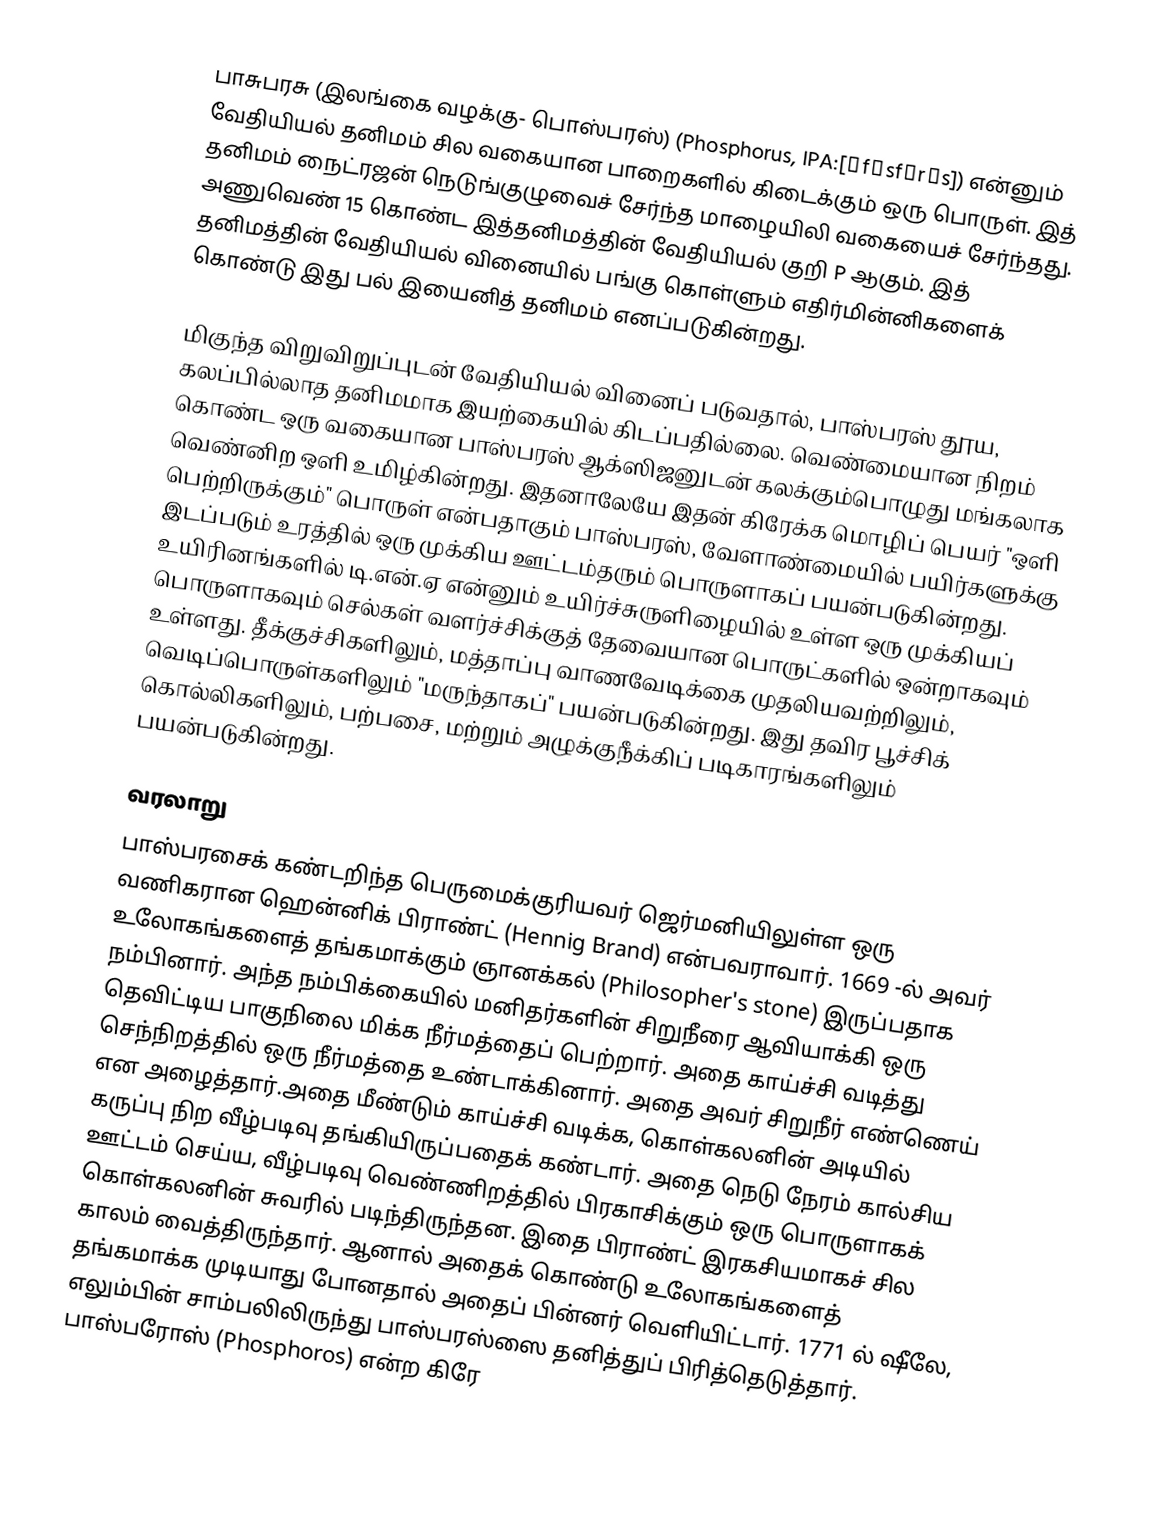
பாசுபரசு (இலங்கை வழக்கு- பொஸ்பரஸ்)  (Phosphorus, IPA:[ˈfɒsfərəs]) என்னும் வேதியியல் தனிமம் சில வகையான பாறைகளில் கிடைக்கும் ஒரு பொருள். இத் தனிமம் நைட்ரஜன் நெடுங்குழுவைச் சேர்ந்த மாழையிலி வகையைச் சேர்ந்தது. அணுவெண் 15 கொண்ட இத்தனிமத்தின் வேதியியல் குறி P ஆகும். இத் தனிமத்தின் வேதியியல் வினையில் பங்கு கொள்ளும் எதிர்மின்னிகளைக் கொண்டு இது பல் இயைனித் தனிமம் எனப்படுகின்றது.

மிகுந்த விறுவிறுப்புடன் வேதியியல் வினைப் படுவதால், பாஸ்பரஸ் தூய, கலப்பில்லாத தனிமமாக இயற்கையில் கிடப்பதில்லை. வெண்மையான நிறம் கொண்ட ஒரு வகையான பாஸ்பரஸ் ஆக்ஸிஜனுடன் கலக்கும்பொழுது மங்கலாக வெண்னிற ஒளி உமிழ்கின்றது. இதனாலேயே இதன் கிரேக்க மொழிப் பெயர் "ஒளி பெற்றிருக்கும்" பொருள் என்பதாகும்  பாஸ்பரஸ், வேளாண்மையில் பயிர்களுக்கு இடப்படும் உரத்தில் ஒரு முக்கிய ஊட்டம்தரும் பொருளாகப் பயன்படுகின்றது. உயிரினங்களில் டி.என்.ஏ என்னும் உயிர்ச்சுருளிழையில் உள்ள ஒரு முக்கியப் பொருளாகவும் செல்கள் வளர்ச்சிக்குத் தேவையான பொருட்களில் ஒன்றாகவும் உள்ளது. தீக்குச்சிகளிலும், மத்தாப்பு வாணவேடிக்கை முதலியவற்றிலும், வெடிப்பொருள்களிலும் "மருந்தாகப்" பயன்படுகின்றது. இது தவிர பூச்சிக் கொல்லிகளிலும், பற்பசை, மற்றும் அழுக்குநீக்கிப் படிகாரங்களிலும் பயன்படுகின்றது.

வரலாறு
பாஸ்பரசைக் கண்டறிந்த பெருமைக்குரியவர் ஜெர்மனியிலுள்ள ஒரு வணிகரான  ஹென்னிக் பிராண்ட் (Hennig Brand) என்பவராவார். 1669 -ல் அவர் உலோகங்களைத் தங்கமாக்கும் ஞானக்கல் (Philosopher's stone) இருப்பதாக நம்பினார். அந்த நம்பிக்கையில் மனிதர்களின் சிறுநீரை ஆவியாக்கி ஒரு தெவிட்டிய பாகுநிலை மிக்க நீர்மத்தைப் பெற்றார். அதை காய்ச்சி வடித்து செந்நிறத்தில் ஒரு நீர்மத்தை உண்டாக்கினார். அதை அவர் சிறுநீர் எண்ணெய் என அழைத்தார்.அதை மீண்டும் காய்ச்சி வடிக்க, கொள்கலனின் அடியில் கருப்பு நிற வீழ்படிவு தங்கியிருப்பதைக் கண்டார். அதை நெடு நேரம் கால்சிய ஊட்டம் செய்ய, வீழ்படிவு வெண்ணிறத்தில் பிரகாசிக்கும் ஒரு பொருளாகக் கொள்கலனின் சுவரில் படிந்திருந்தன. இதை பிராண்ட் இரகசியமாகச் சில காலம் வைத்திருந்தார்.  ஆனால் அதைக் கொண்டு உலோகங்களைத் தங்கமாக்க முடியாது போனதால் அதைப் பின்னர் வெளியிட்டார். 1771 ல் ஷீலே, எலும்பின் சாம்பலிலிருந்து பாஸ்பரஸ்ஸை தனித்துப் பிரித்தெடுத்தார். பாஸ்பரோஸ் (Phosphoros) என்ற கிரே